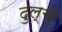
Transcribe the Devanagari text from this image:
दुल्चे